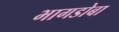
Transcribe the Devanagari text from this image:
भागडोबा